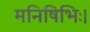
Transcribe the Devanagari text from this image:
मनिषिभिः।